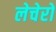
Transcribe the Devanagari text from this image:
लेचेरो